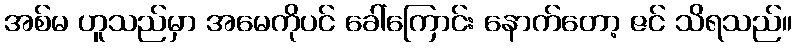
အစ်မ ဟူသည်မှာ အမေကိုပင် ခေါ်ကြောင်း နောက်တော့ ဇင် သိရသည်။